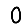
Digit: 0